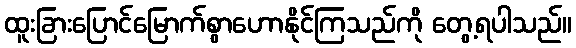
ထူးခြားပြောင်မြောက်စွာဟောနိုင်ကြသည်ကို တွေ့ရပါသည်။